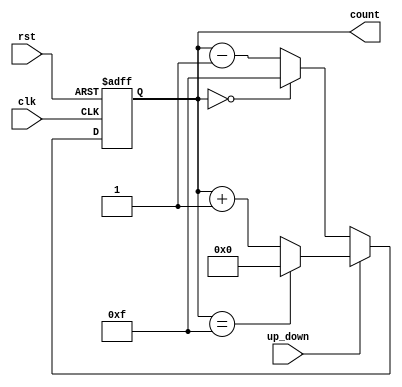
module up_down_counter #(
    parameter WIDTH = 4 // Parameter to set the width of the counter
)(
    input wire clk,                  // Clock input
    input wire rst,                  // Asynchronous reset
    input wire up_down,              // Up/Down control signal
    output reg [WIDTH-1:0] count     // Count output
);

    // Asynchronous reset and counting logic
    always @(posedge clk or posedge rst) begin
        if (rst) begin
            count <= 0; // Reset counter to zero
        end else begin
            if (up_down) begin
                // Count up
                if (count == (2**WIDTH - 1)) begin
                    count <= 0; // Wrap around to zero
                end else begin
                    count <= count + 1; // Increment count
                end
            end else begin
                // Count down
                if (count == 0) begin
                    count <= (2**WIDTH - 1); // Wrap around to max value
                end else begin
                    count <= count - 1; // Decrement count
                end
            end
        end
    end

endmodule